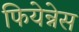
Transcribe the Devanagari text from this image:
फियेन्नेस